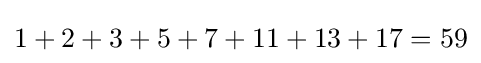
1+2+3+5+7+11+13+17=59